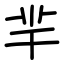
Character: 羋